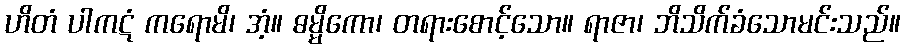
ဟိတံ ပါကဋံ ကရောမိ၊ အံ့။ ဓမ္မိကော၊ တရားစောင့်သော။ ရာဇာ၊ ဘိသိက်ခံသောမင်းသည်။